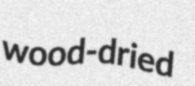
wood-dried